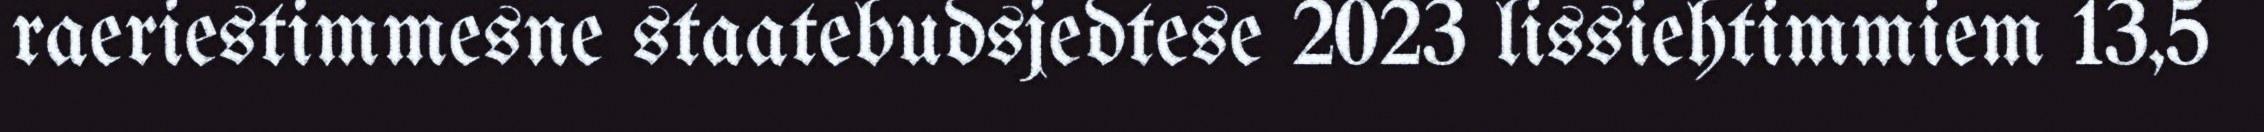
raeriestimmesne staatebudsjedtese 2023 lissiehtimmiem 13,5